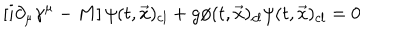
\left[ i \partial _ { \mu } \gamma ^ { \mu } - M \right] \psi ( t , { \vec { x } } ) _ { c l } + g \phi ( t , { \vec { x } } ) _ { c l } \psi ( t , { \vec { x } } ) _ { c l } = 0